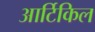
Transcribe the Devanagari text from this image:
आर्टिकिल